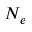
N _ { e }